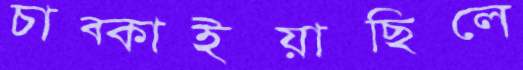
চাব্‌কাইয়াছিলে